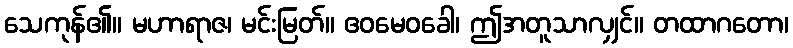
သေကုန်၏။ မဟာရာဇ၊ မင်းမြတ်။ ဧဝမေဝခေါ၊ ဤအတူသာလျှင်။ တထာဂတော၊